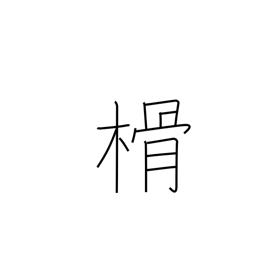
Meaning: chip (of wood)